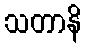
သတာနိ